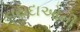
કાયદાઓની